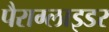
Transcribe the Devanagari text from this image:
पैराग्लाइडर